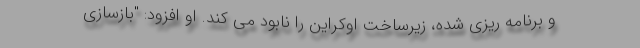
و برنامه ریزی شده، زیرساخت اوکراین را نابود می کند. او افزود: "بازسازی